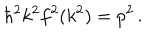
\hbar ^ { 2 } k ^ { 2 } f ^ { 2 } ( k ^ { 2 } ) = p ^ { 2 } \, .